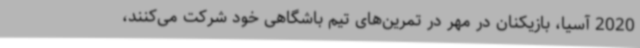
2020 آسیا، بازیکنان در مهر در تمرین‌های تیم باشگاهی خود شرکت می‌کنند،